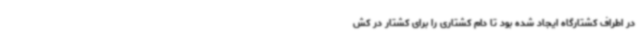
در اطراف کشتارگاه ایجاد شده بود تا دام کشتاری را برای کشتار در کش